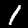
Digit: 1